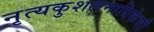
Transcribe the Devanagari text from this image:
नृत्यकुशलनायिकेची